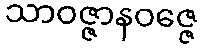
သာဝဇ္ဇာနဝဇ္ဇေ